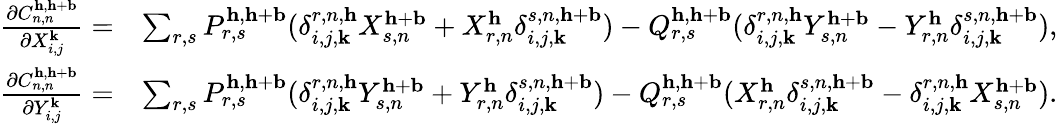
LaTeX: \begin{array}{rl}{\frac{\partial C_{n,n}^{\mathbf{h},\mathbf{h}+\mathbf{b}}}{\partial X_{i,j}^{\mathbf{k}}}=}&{\sum_{r,s}P_{r,s}^{\mathbf{h},\mathbf{h}+\mathbf{b}}(\delta_{i,j,\mathbf{k}}^{r,n,\mathbf{h}}X_{s,n}^{\mathbf{h}+\mathbf{b}}+X_{r,n}^{\mathbf{h}}\delta_{i,j,\mathbf{k}}^{s,n,\mathbf{h}+\mathbf{b}})-Q_{r,s}^{\mathbf{h},\mathbf{h}+\mathbf{b}}(\delta_{i,j,\mathbf{k}}^{r,n,\mathbf{h}}Y_{s,n}^{\mathbf{h}+\mathbf{b}}-Y_{r,n}^{\mathbf{h}}\delta_{i,j,\mathbf{k}}^{s,n,\mathbf{h}+\mathbf{b}}),}\\ {\frac{\partial C_{n,n}^{\mathbf{h},\mathbf{h}+\mathbf{b}}}{\partial Y_{i,j}^{\mathbf{k}}}=}&{\sum_{r,s}P_{r,s}^{\mathbf{h},\mathbf{h}+\mathbf{b}}(\delta_{i,j,\mathbf{k}}^{r,n,\mathbf{h}}Y_{s,n}^{\mathbf{h}+\mathbf{b}}+Y_{r,n}^{\mathbf{h}}\delta_{i,j,\mathbf{k}}^{s,n,\mathbf{h}+\mathbf{b}})-Q_{r,s}^{\mathbf{h},\mathbf{h}+\mathbf{b}}(X_{r,n}^{\mathbf{h}}\delta_{i,j,\mathbf{k}}^{s,n,\mathbf{h}+\mathbf{b}}-\delta_{i,j,\mathbf{k}}^{r,n,\mathbf{h}}X_{s,n}^{\mathbf{h}+\mathbf{b}}).}\end{array}